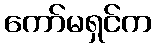
ကော်မရှင်က